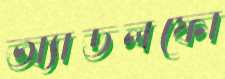
অ্যাডলফো